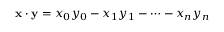
\mathbf { x } \cdot \mathbf { y } = x _ { 0 } y _ { 0 } - x _ { 1 } y _ { 1 } - \cdots - x _ { n } y _ { n }